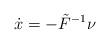
LaTeX: \begin{align*}\dot{x} = - \tilde{F}^{-1} \nu\end{align*}